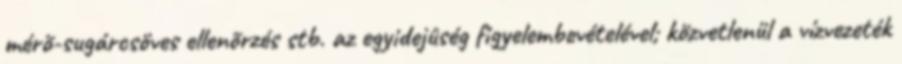
mérõ-sugárcsöves ellenõrzés stb. az egyidejûség figyelembevételével; közvetlenül a vízvezeték